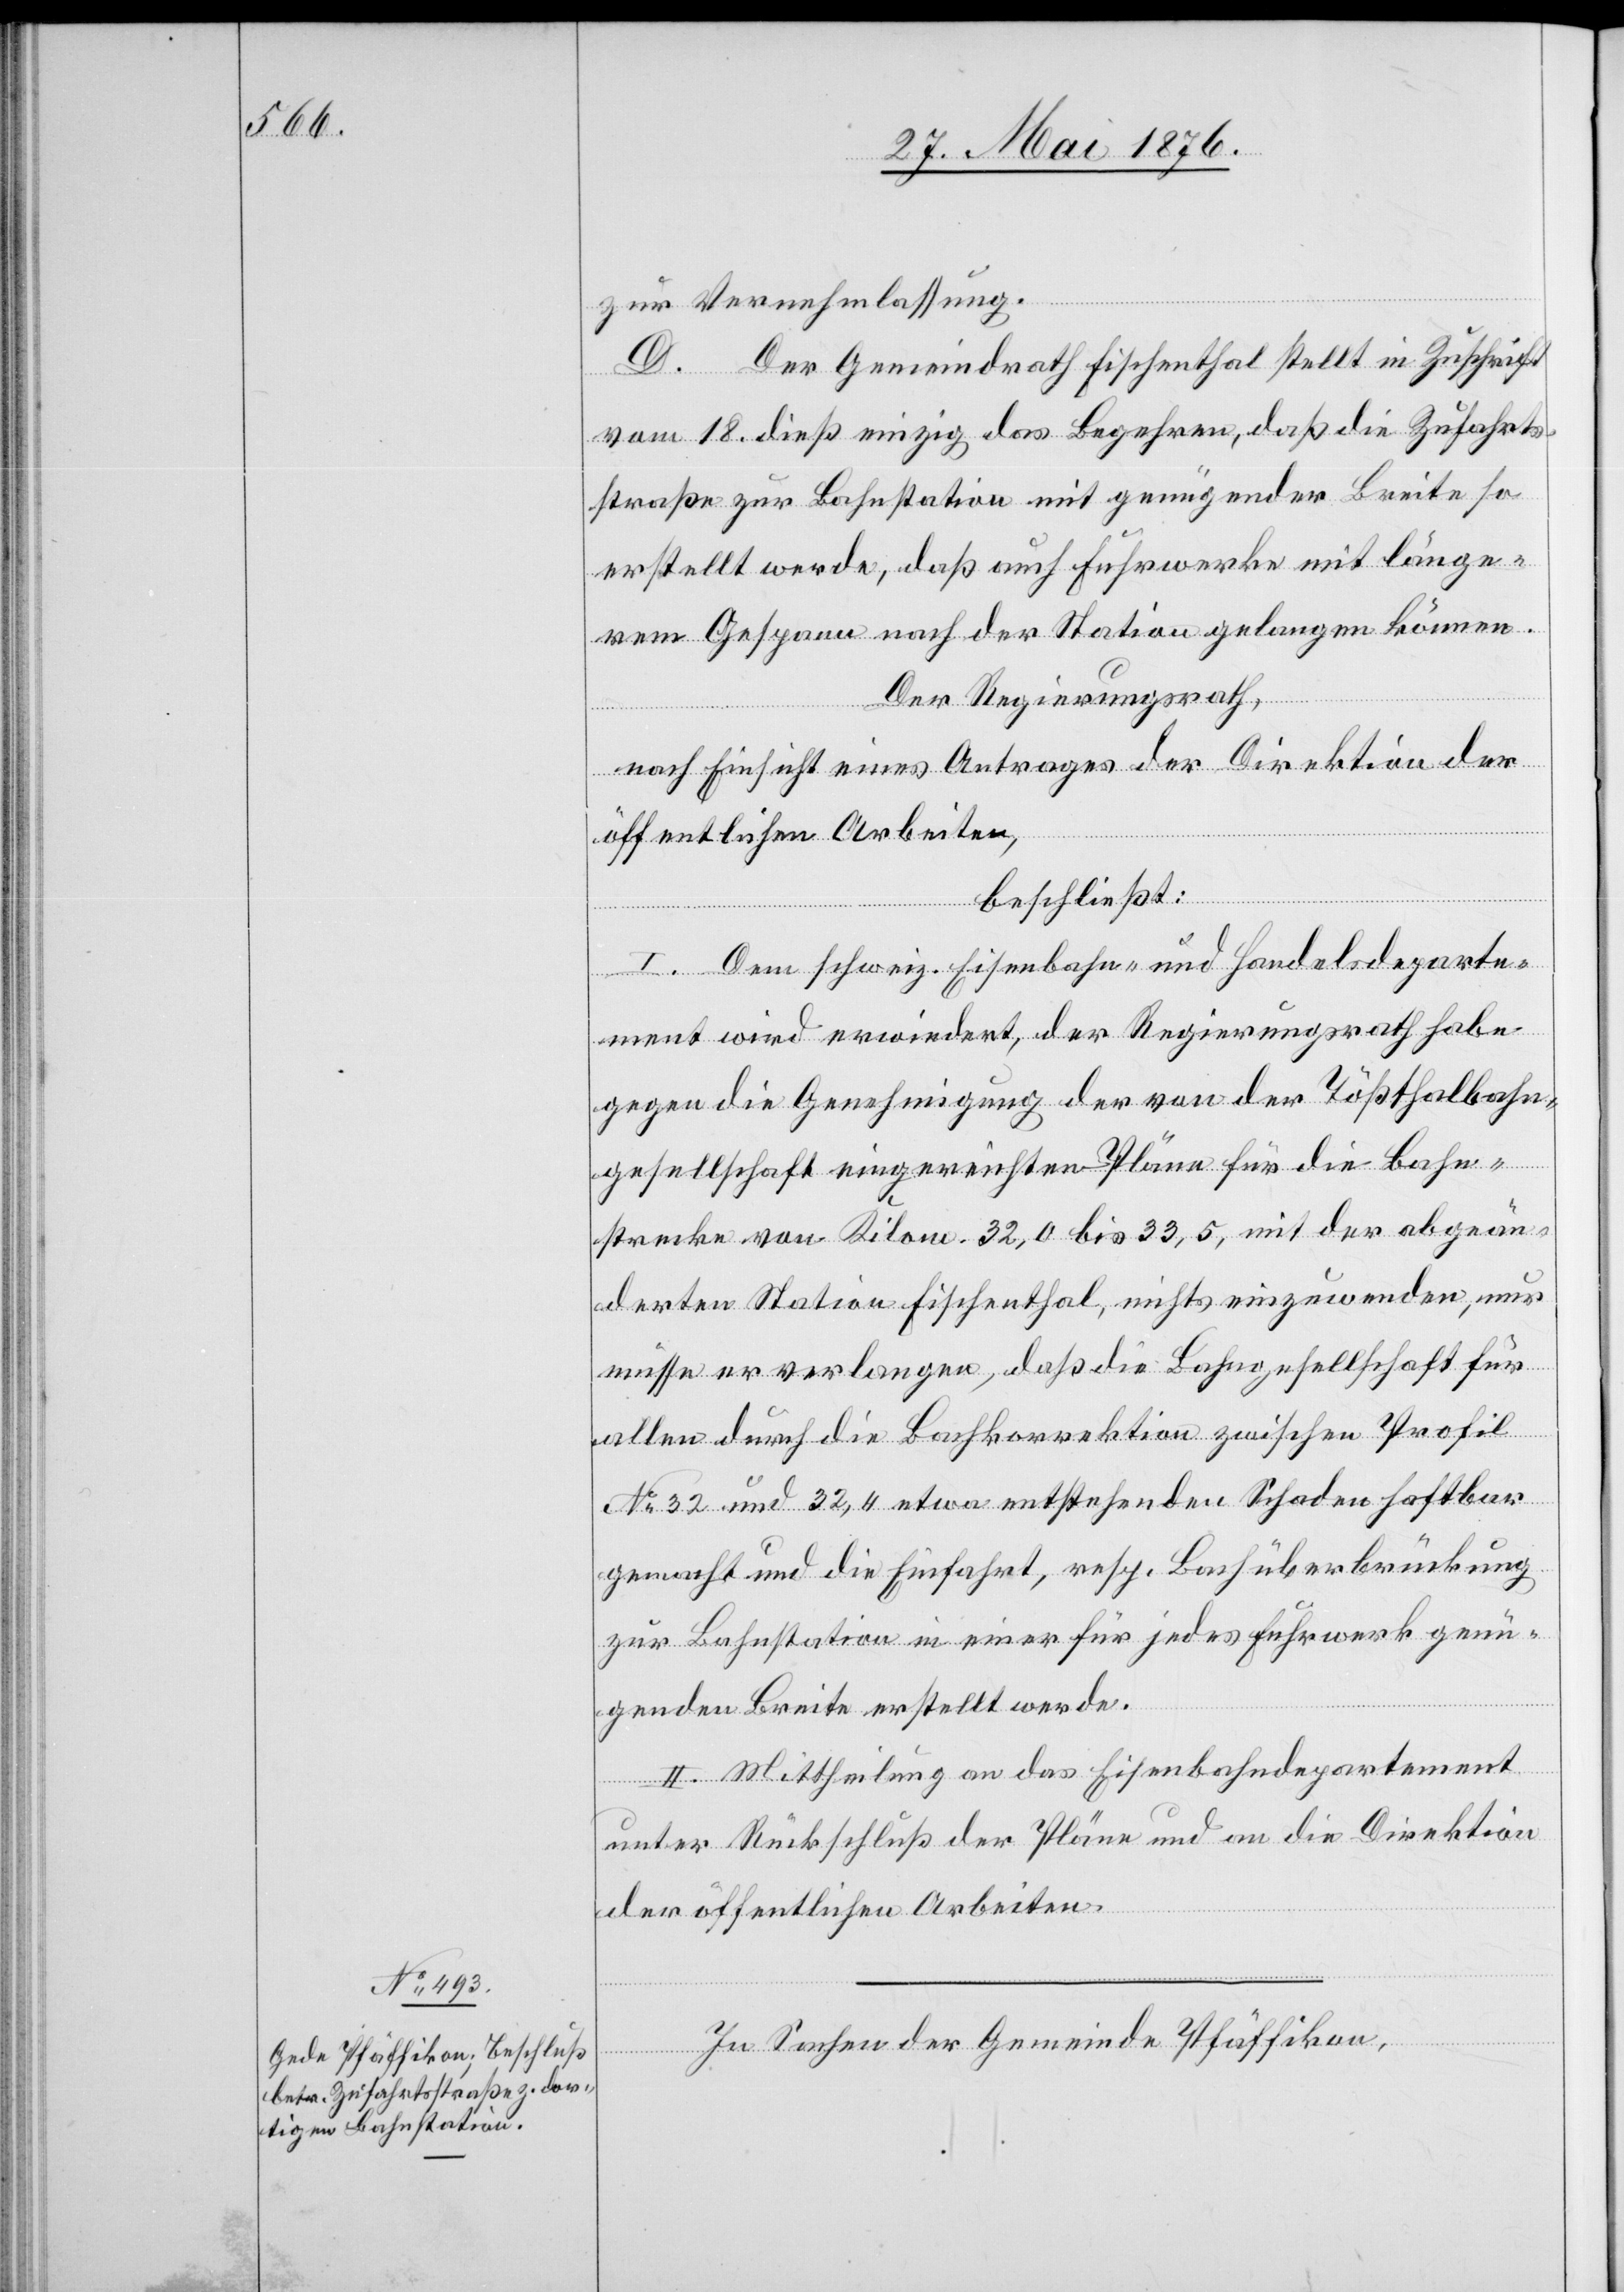
zur Vernehmlassung.
D. Der Gemeindrath Fischenthal stellt in Zuschrift
vom 18. dieß einzig das Begehren, daß die Zufahrts¬
straße zur Bahnstation mit genügender Breite so
erstellt werde, daß auch Fuhrwerke mit länge¬
rem Gespann nach der Station gelangen können.
Der Regierungsrath,
nach Einsicht eines Antrages der Direktion der
öffentlichen Arbeiten,
beschließt:
I. Dem schweiz. Eisenbahn- und Handelsdeparte¬
ment wird erwiedert, der Regierungsrath habe
gegen die Genehmigung der von der Tößthalbahn¬
gesellschaft eingereichten Pläne für die Bahn¬
strecke von Kilom. 32,0 bis 33,5, mit der abgeän¬
derten Station Fischenthal, nichts einzuwenden, nur
müsse er verlangen, daß die Bahngesellschaft für
allen durch die Bachkorrektion zwischen Profil
No 32 und 32,4 etwa entstehenden Schaden haftbar
gemacht und die Einfahrt, resp. Bachüberbrückung
zur Bahnstation in einer für jedes Fuhrwerk genü¬
genden Breite erstellt werde.¨
II. Mittheilung an das Eisenbahndepartement
unter Rückschluß der Pläne und an die Direktion
der öffentlichen Arbeiten.
In Sachen der Gemeinde Pfäffikon,